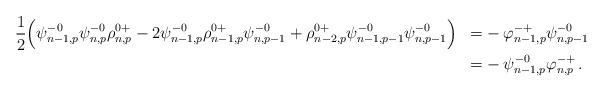
LaTeX: \begin{align*}\begin{aligned}&\frac{1}{2} \Big( \psi^{-0}_{n-1,p}\psi^{-0}_{n,p}\rho^{0+}_{n,p}-2\psi^{-0}_{n-1,p}\rho^{0+}_{n-1,p}\psi^{-0}_{n,p-1}+\rho^{0+}_{n-2,p}\psi^{-0}_{n-1,p-1}\psi^{-0}_{n,p-1} \Big) &=& - \varphi^{-+}_{n-1,p}\psi^{-0}_{n,p-1} \\&&=&- \psi^{-0}_{n-1,p} \varphi^{-+}_{n,p}\,.\end{aligned}\end{align*}